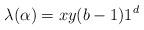
LaTeX: \begin{align*} \lambda(\alpha)=xy(b-1)1^d\end{align*}